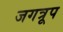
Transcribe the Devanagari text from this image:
जगत्रूप